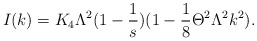
\begin{align*}I(k)=K_4\Lambda^{2}(1-\frac{1}{s})(1-\frac{1}{8}\Theta^2\Lambda^2 k^2).\end{align*}